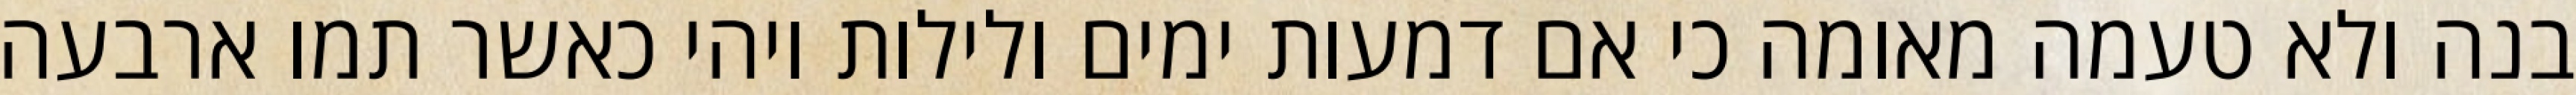
בנה ולא טעמה מאומה כי אם דמעות ימים ולילות ויהי כאשר תמו ארבעה